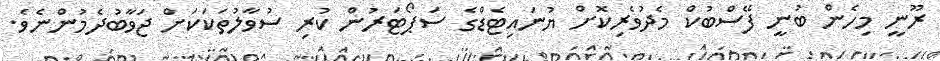
ރޫނީ މިހެން ބުނީ ފޭސްބުކް މެދުވެރިކޮށް ޔުނައިޓެޑްގެ ސަޕޯޓަރުން ކުރި ސުވާލުތަކަކަށް ޖަވާބުދެމުންނެވެ.